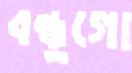
বন্ধুগো